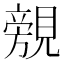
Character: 覫